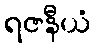
ရဇနီယံ